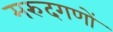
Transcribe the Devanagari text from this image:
मरुदगणों